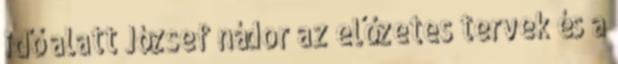
idő alatt József nádor az előzetes tervek és a